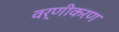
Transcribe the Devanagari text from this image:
वर्णीकरण